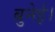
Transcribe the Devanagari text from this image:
ब्रुनेई।